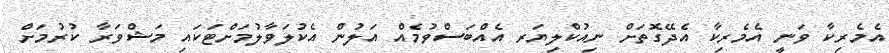
އެމެރިކާ ވަނީ އެމެރިކާ އެދޭގޮތަށް ނިއުކްލިޔަރ އެއްބަސްވުމެއް އަލުން އެކުލަވާލުމަށްޓަކައި މަޝްވަރާ ކުރުމަށް